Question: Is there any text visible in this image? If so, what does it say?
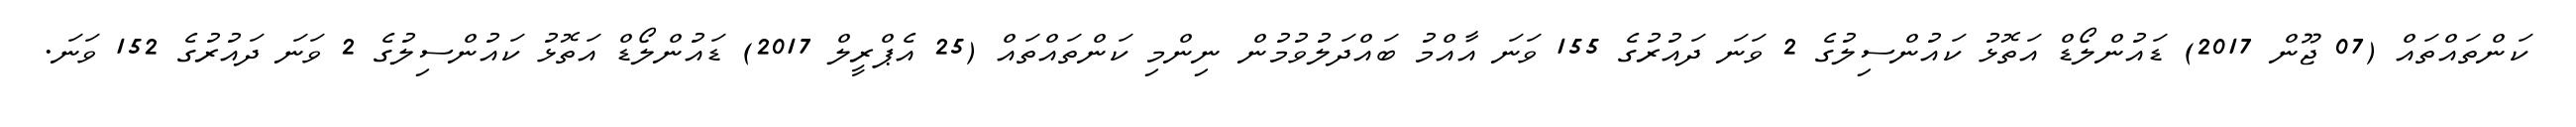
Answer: ކަންތައްތައް (07 ޖޫން 2017) ޑައުންލޯޑް އަތޮޅު ކައުންސިލުގެ 2 ވަނަ ދައުރުގެ 155 ވަނަ އާއްމު ބައްދަލުވުމުން ނިންމި ކަންތައްތައް (25 އެޕްރީލް 2017) ޑައުންލޯޑް އަތޮޅު ކައުންސިލުގެ 2 ވަނަ ދައުރުގެ 152 ވަނަ.